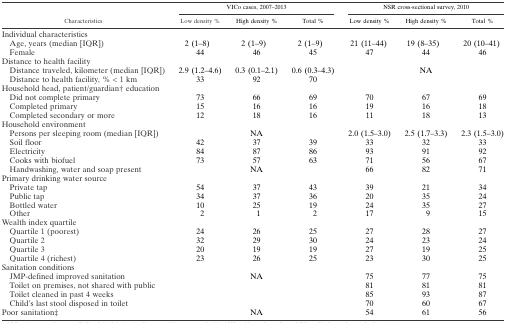
<table><thead><tr><td rowspan="2"><b>Characteristics</b></td><td colspan="3"><b>VICo cases, 2007–2013</b></td><td colspan="3"><b>NSR cross-sectional survey, 2010</b></td></tr><tr><td><b>Low density %</b></td><td><b>High density %</b></td><td><b>Total %</b></td><td><b>Low density %</b></td><td><b>High density %</b></td><td><b>Total %</b></td></tr></thead><tbody><tr><td colspan="7">Individual characteristics</td></tr><tr><td> Age, years (median [IQR])</td><td>2 (1–8)</td><td>2 (1–9)</td><td>2 (1–9)</td><td>21 (11–44)</td><td>19 (8–35)</td><td>20 (10–41)</td></tr><tr><td> Female</td><td>44</td><td>46</td><td>45</td><td>47</td><td>44</td><td>46</td></tr><tr><td colspan="7">Distance to health facility</td></tr><tr><td> Distance traveled, kilometer (median [IQR])</td><td>2.9 (1.2–4.6)</td><td>0.3 (0.1–2.1)</td><td>0.6 (0.3–4.3)</td><td rowspan="2" colspan="3">NA</td></tr><tr><td> Distance to health facility, % &lt; 1 km</td><td>33</td><td>92</td><td>70</td></tr><tr><td colspan="7">Household head, patient/guardian† education</td></tr><tr><td> Did not complete primary</td><td>73</td><td>66</td><td>69</td><td>70</td><td>67</td><td>69</td></tr><tr><td> Completed primary</td><td>15</td><td>16</td><td>16</td><td>19</td><td>16</td><td>18</td></tr><tr><td> Completed secondary or more</td><td>12</td><td>18</td><td>16</td><td>11</td><td>18</td><td>13</td></tr><tr><td colspan="7">Household environment</td></tr><tr><td> Persons per sleeping room (median [IQR])</td><td colspan="3">NA</td><td>2.0 (1.5–3.0)</td><td>2.5 (1.7–3.3)</td><td>2.3 (1.5–3.0)</td></tr><tr><td> Soil floor</td><td>42</td><td>37</td><td>39</td><td>33</td><td>32</td><td>33</td></tr><tr><td> Electricity</td><td>84</td><td>87</td><td>86</td><td>93</td><td>91</td><td>92</td></tr><tr><td> Cooks with biofuel</td><td>73</td><td>57</td><td>63</td><td>71</td><td>56</td><td>67</td></tr><tr><td> Handwashing, water and soap present</td><td colspan="3">NA</td><td>66</td><td>82</td><td>71</td></tr><tr><td colspan="7">Primary drinking water source</td></tr><tr><td> Private tap</td><td>54</td><td>37</td><td>43</td><td>39</td><td>21</td><td>34</td></tr><tr><td> Public tap</td><td>34</td><td>37</td><td>36</td><td>20</td><td>35</td><td>24</td></tr><tr><td> Bottled water</td><td>10</td><td>25</td><td>19</td><td>24</td><td>35</td><td>27</td></tr><tr><td> Other</td><td>2</td><td>1</td><td>2</td><td>17</td><td>9</td><td>15</td></tr><tr><td colspan="7">Wealth index quartile</td></tr><tr><td> Quartile 1 (poorest)</td><td>24</td><td>26</td><td>25</td><td>27</td><td>28</td><td>27</td></tr><tr><td> Quartile 2</td><td>32</td><td>29</td><td>30</td><td>24</td><td>23</td><td>24</td></tr><tr><td> Quartile 3</td><td>20</td><td>19</td><td>19</td><td>27</td><td>19</td><td>25</td></tr><tr><td> Quartile 4 (richest)</td><td>23</td><td>26</td><td>25</td><td>23</td><td>30</td><td>25</td></tr><tr><td colspan="7">Sanitation conditions</td></tr><tr><td> JMP-defined improved sanitation</td><td rowspan="4" colspan="3">NA</td><td>75</td><td>77</td><td>75</td></tr><tr><td> Toilet on premises, not shared with public</td><td>81</td><td>81</td><td>81</td></tr><tr><td> Toilet cleaned in past 4 weeks</td><td>85</td><td>93</td><td>87</td></tr><tr><td> Child&#x27;s last stool disposed in toilet</td><td>70</td><td>60</td><td>67</td></tr><tr><td>Poor sanitation‡</td><td colspan="3">NA</td><td>54</td><td>61</td><td>56</td></tr></tbody></table>